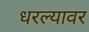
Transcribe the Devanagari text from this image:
धरल्यावर